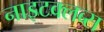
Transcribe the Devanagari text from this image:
नाइटक्लब्स